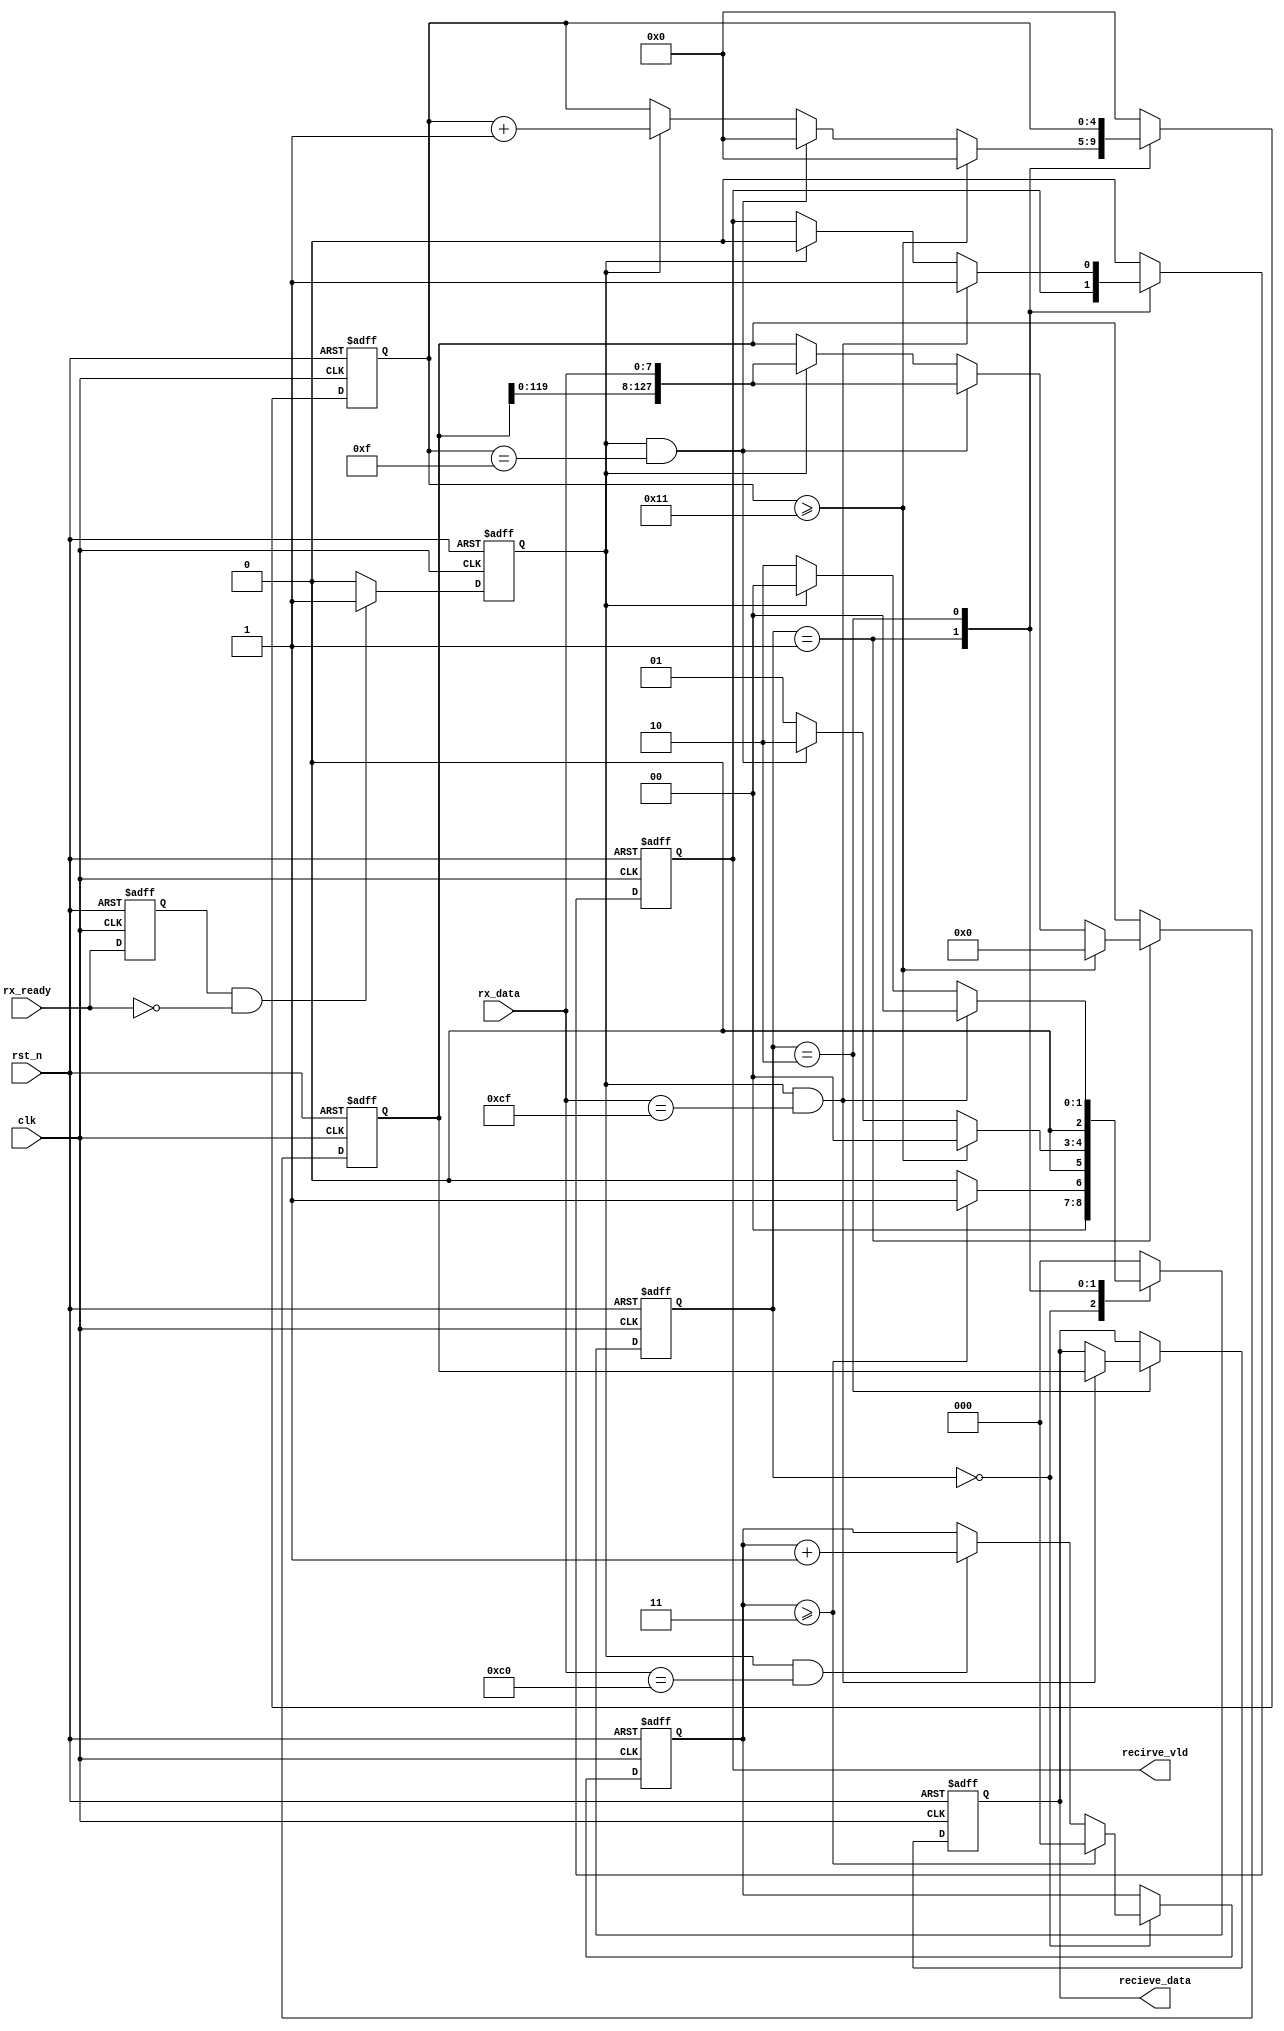
module rx_decode_cpld16(
input clk,			// 
input rst_n,		//

input rx_ready,		//
input [7:0] rx_data,		//	RS232byte,byte

output [127:0] recieve_data,		//
output recirve_vld				//64
);

parameter 		WAIT_TIME	=	176	;//WAIT_TIME == clk /  * 11 

parameter		IDLE		=	3'd0,
				RV_DATA		=	3'd1,
				RV_STOP		=	3'd2,
				LENTH_RV	= 	4'd10;

reg [127:0] recieve_data_r = 64'd0;
reg [127:0] recieve_data_g = 64'd0;
reg recirve_vld_r = 1'b0;	
reg [2:0] rv_state = 3'd0;
reg [4:0] rv_cnt = 5'd0;
reg [2:0] c0_cnt = 3'd0;			 //c0
/*
byte*/
reg [31:0] time_cnt = 32'd0;		
reg rx_ready_d1  = 1'b0;
reg ngready_en = 1'b0;

assign recieve_data 	= 	recieve_data_g;
assign recirve_vld		=	recirve_vld_r;

////////////////10c0cf///////////////
always @ (posedge clk or negedge rst_n) begin
	if(!rst_n) 	rx_ready_d1 <= 1'b0;			//
	else		rx_ready_d1 <= rx_ready;
end
// assign	ngready_en = rx_ready_d1 & (~rx_ready);	//1byte
always @ (posedge clk or negedge rst_n) begin
	if(!rst_n) 	
			ngready_en		<= 		1'b0;			//
	else if (rx_ready_d1 && (!rx_ready)) 
			ngready_en		<= 		1'b1;
	else	
			ngready_en		<= 		1'b0;
end

always @ (posedge clk or negedge rst_n) begin
	if(!rst_n) begin
			recieve_data_r 	<= 		128'd0;
			recieve_data_g 	<=		128'd0;
			rv_state 		<= 		IDLE;
			rv_cnt			<= 		5'd0;
			c0_cnt			<= 		3'd0;
			recirve_vld_r 	<= 		1'b0;
			time_cnt 		<= 		32'd0;
		end
	else begin
	 case(rv_state)
	 IDLE : begin		//c0
		recirve_vld_r 	<= 		1'b0;
		rv_cnt			<= 		5'd0;
		time_cnt		<=		32'd0;
			if(c0_cnt >= 3'd3) begin
				c0_cnt		<= 		3'd0;
				rv_state 	<= 		RV_DATA;
			end
			else if(ngready_en && (rx_data == 8'hc0)) begin		
				rv_state 	<= 		IDLE;
				c0_cnt		<=		c0_cnt + 1'b1;
			end
			else begin
				rv_state 	<= 		IDLE;
			end
		end
	 RV_DATA : begin	//
			// if(time_cnt > WAIT_TIME) begin
				// time_cnt	<=		32'd0;
				// rv_state 	<= 		IDLE;
			// end 
			// else 
			if(rv_cnt >= 5'd17)	begin	//
				rv_cnt 			<= 		5'd0;
				recieve_data_r 	<= 		128'd0;////////////********************
				rv_state 		<= 		IDLE;
				time_cnt 		<= 		32'd0;
			end
			else if( ngready_en & (rv_cnt == 5'd15)) begin	//8
				rv_cnt 		<= 		5'd0;
				rv_state 	<= 		RV_STOP;
				time_cnt 	<= 		32'd0;
				recieve_data_r[127:0] <= {recieve_data_r[119:0],rx_data};
			end
			else if(ngready_en) begin
				rv_cnt 		<= 		rv_cnt + 1'b1;
				rv_state 	<= 		RV_DATA;
				time_cnt 	<= 		32'd0;
				recieve_data_r[127:0] <= {recieve_data_r[119:0],rx_data};
			end
			else begin
				rv_state 	<= 		RV_DATA;
				time_cnt	<= 		time_cnt + 1'b1;//bit
			end
		end
	 RV_STOP : begin	//cf
			// if(time_cnt > WAIT_TIME) begin	//
				// time_cnt	<=		32'd0;
				// rv_state 	<= 		IDLE;
			// end 
			// else 
			if(ngready_en & (rx_data == 8'hcf)) begin		//1c
				recirve_vld_r 	<= 		1'b1;
				recieve_data_g 	<=		recieve_data_r;
				rv_state 		<= 		IDLE;
			end
			else if(ngready_en)begin	//
				recirve_vld_r 	<= 		1'b0;
				recieve_data_g 	<=		recieve_data_g;
				rv_state 		<= 		IDLE;
			end
			else begin
				rv_state 	<= 		RV_STOP;
				time_cnt	<= 		time_cnt + 1'b1;
			end
		end
	 default : begin
				recirve_vld_r 	<= 		1'b0;
				rv_cnt			<= 		5'd0;
				recieve_data_g 	<=		recieve_data_g;
				rv_state 		<= 		IDLE;
				time_cnt		<=		32'd0;
	 end
	 endcase
	end
end







endmodule